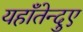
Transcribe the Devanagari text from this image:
यहाँतेन्दुए